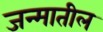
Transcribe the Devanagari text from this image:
जन्‍मातील